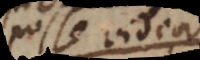
posse vid